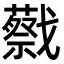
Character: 𢨝